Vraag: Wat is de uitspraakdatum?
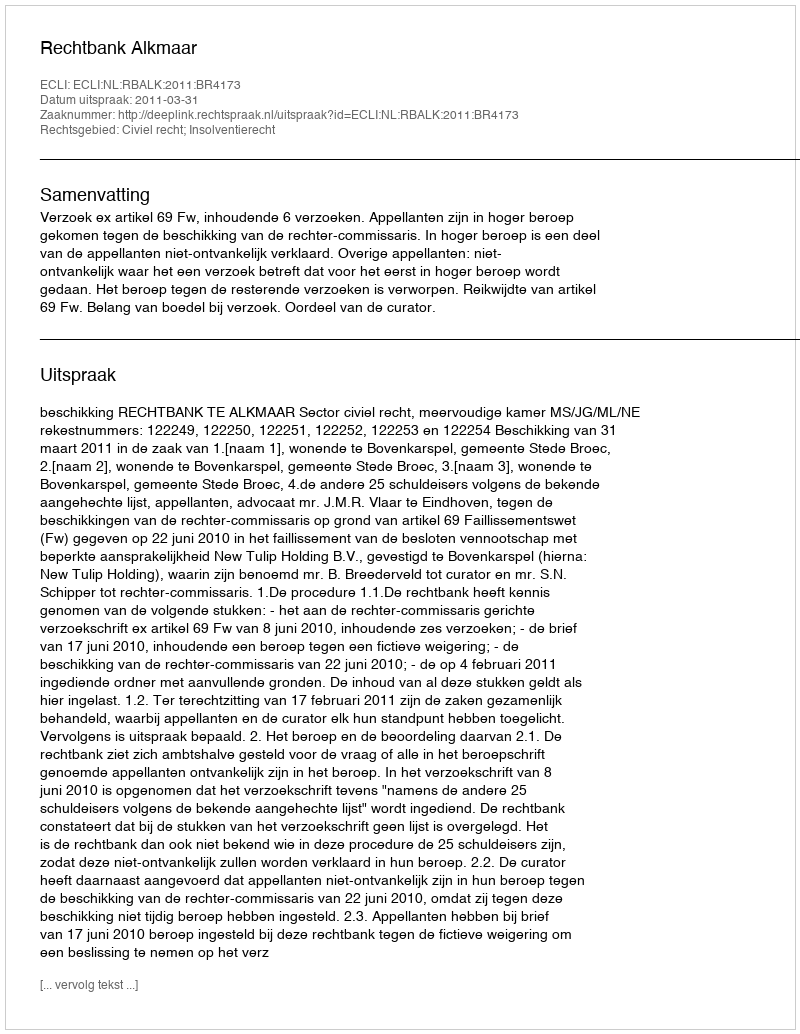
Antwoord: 2011-03-31